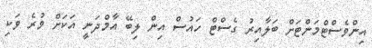
އިންވެސްޓްމަންޓަށް ބަލާއިރު ގެސްޓް ހައުސް އިން ލިބޭ އާމްދަނީ އަކަށް ވުރެ ވަކި